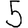
Digit: 5